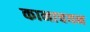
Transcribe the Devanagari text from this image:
कानाचयन